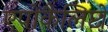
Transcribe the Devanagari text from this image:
एपोकैलिप्टो